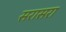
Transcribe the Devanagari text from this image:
सरासरा